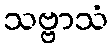
သဗ္ဗာသံ